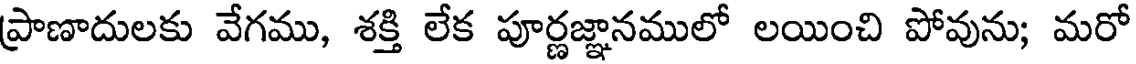
ప్రాణాదులకు వేగము, శక్తి లేక పూర్ణజ్ఞానములో లయించి పోవును; మరో